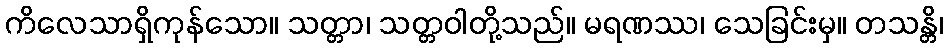
ကိလေသာရှိကုန်သော။ သတ္တာ၊ သတ္တဝါတို့သည်။ မရဏဿ၊ သေခြင်းမှ။ တသန္တိ၊